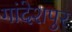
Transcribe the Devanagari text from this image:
गांदेशपुर